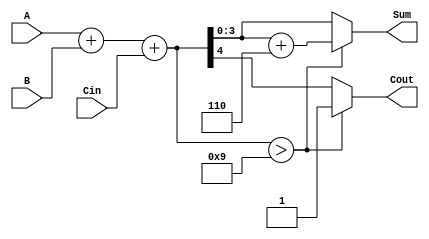
module BCD_Asynchronous_Adder (
    input  wire [3:0] A,      // First BCD digit
    input  wire [3:0] B,      // Second BCD digit
    input  wire Cin,          // Input carry
    output reg  [3:0] Sum,    // BCD Sum output
    output reg  Cout          // Output carry
);

    // Internal wires for preliminary sum and correction
    wire [4:0] preliminary_sum; // 5 bits to accommodate carry
    wire correction_needed;

    // Preliminary addition of A, B, and Cin
    assign preliminary_sum = A + B + Cin;

    // Determine if correction is needed (if preliminary sum > 9)
    assign correction_needed = preliminary_sum > 9;

    always @(*) begin
        // Default values
        Sum = preliminary_sum[3:0]; // Take the lower 4 bits as the initial sum
        Cout = preliminary_sum[4];   // Carry out from the preliminary sum

        // If correction is needed, add 6 (0110) to the sum
        if (correction_needed) begin
            Sum = Sum + 4'b0110; // Add 6 to the sum
            Cout = 1;            // Set carry out
        end
    end

endmodule